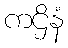
ကဌိနံ